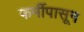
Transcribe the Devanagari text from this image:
फर्मीपासून